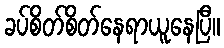
ခပ်စိတ်စိတ်နေရာယူနေပြီ။